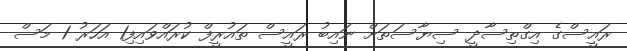
ރައީސްގެ އިގްތިސާދީ ސިޔާސަތަށް ނައިބު ރައީސް ތައުރީފް ކުރައްވައިފި1 އަހަރު 1 މަސް